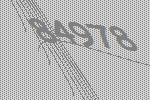
84978